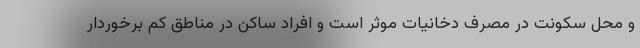
و محل سکونت در مصرف دخانیات موثر است و افراد ساکن در مناطق کم برخوردار